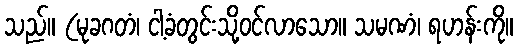
သည်။ (မုခဂတံ၊ ငါ့ခံတွင်းသို့ဝင်လာသော။ သမဏံ၊ ရဟန်းကို။